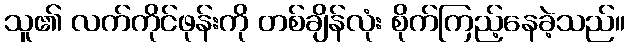
သူ၏ လက်ကိုင်ဖုန်းကို တစ်ချိန်လုံး စိုက်ကြည့်နေခဲ့သည်။